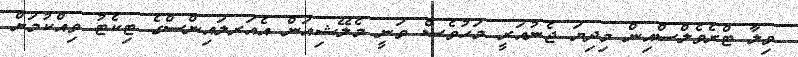
ވިލާ ޓްރެވެލްސްއިން މިދިޔަ ޖެނުއަރީ މަހުވެސް ވަނީ މެލޭޝިއަން އެއަރލައިންސްގެ ޓިކެޓު ވިއްކުމަށް